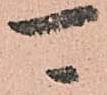
可